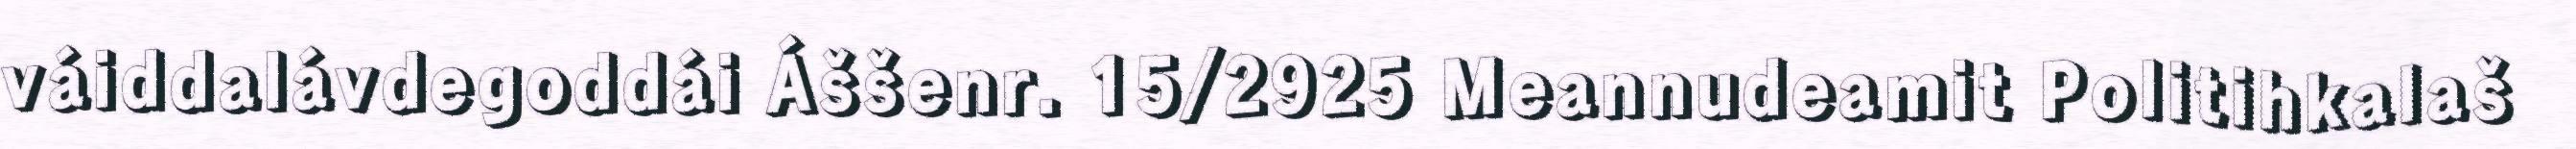
váiddalávdegoddái Áššenr. 15/2925 Meannudeamit Politihkalaš